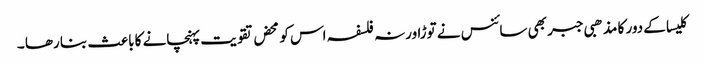
کلیسا کے دور کا مذھبی جبر بھی سائنس نے توڑا ورنہ فلسفہ اس کو محض تقویت پہنچانے کا باعث بنا رھا ۔